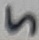
Text: 5